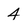
Character: 4